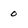
Character: o